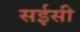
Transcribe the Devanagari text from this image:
सईसी